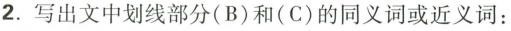
2.写出文中划线部分(B)和(C)的同义词或近义词: